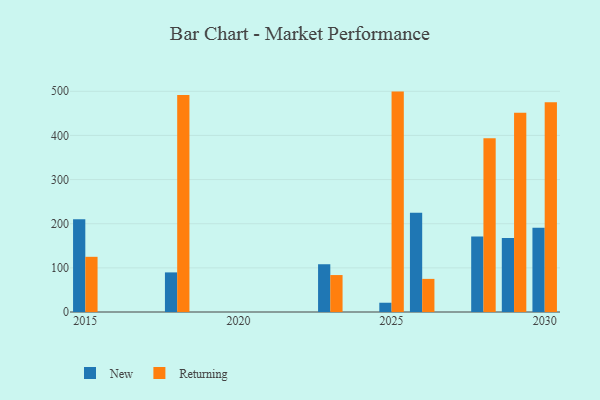
{"axis": {"x": "Year", "y": "Operating Costs (USD K)"}, "legend": ["New", "Returning"], "data": [{"x": "2029", "y": 167.6, "type": "New"}, {"x": "2029", "y": 451.6, "type": "Returning"}, {"x": "2025", "y": 21.0, "type": "New"}, {"x": "2025", "y": 499.3, "type": "Returning"}, {"x": "2023", "y": 108.2, "type": "New"}, {"x": "2023", "y": 83.7, "type": "Returning"}, {"x": "2015", "y": 210.0, "type": "New"}, {"x": "2015", "y": 125.0, "type": "Returning"}, {"x": "2030", "y": 191.0, "type": "New"}, {"x": "2030", "y": 475.0, "type": "Returning"}, {"x": "2028", "y": 171.2, "type": "New"}, {"x": "2028", "y": 393.9, "type": "Returning"}, {"x": "2026", "y": 224.9, "type": "New"}, {"x": "2026", "y": 75.0, "type": "Returning"}, {"x": "2018", "y": 89.7, "type": "New"}, {"x": "2018", "y": 491.6, "type": "Returning"}]}